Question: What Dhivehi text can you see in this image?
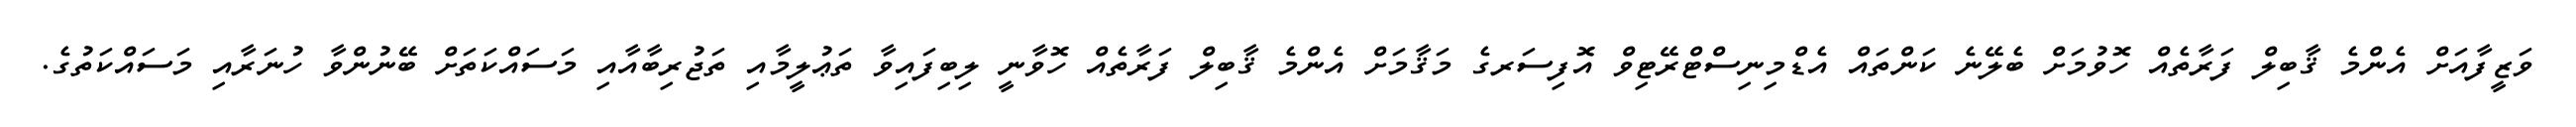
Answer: ވަޒީފާއަށް އެންމެ ޤާބިލް ފަރާތެއް ހޮވުމަށް ބެލޭނެ ކަންތައް އެޑްމިނިސްޓްރޭޓިވް އޮފިސަރގެ މަޤާމަށް އެންމެ ޤާބިލް ފަރާތެއް ހޮވާނީ ލިބިފައިވާ ތަޢުލީމާއި ތަޖުރިބާއާއި މަސައްކަތަށް ބޭނުންވާ ހުނަރާއި މަސައްކަތުގެ.